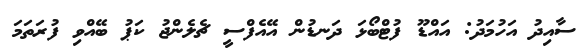
ސާއިދު އަހުމަދު: އައްޑޫ ފުޓްބޯޅަ ދަނޑުން އޭއެފްސީ ޗެލެންޖު ކަޕު ބޭއްވި ފުރަތަމަ